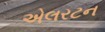
એલરટન